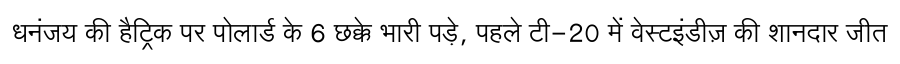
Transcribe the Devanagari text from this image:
धनंजय की हैट्रिक पर पोलार्ड के 6 छक्के भारी पड़े, पहले टी-20 में वेस्टइंडीज़ की शानदार जीत